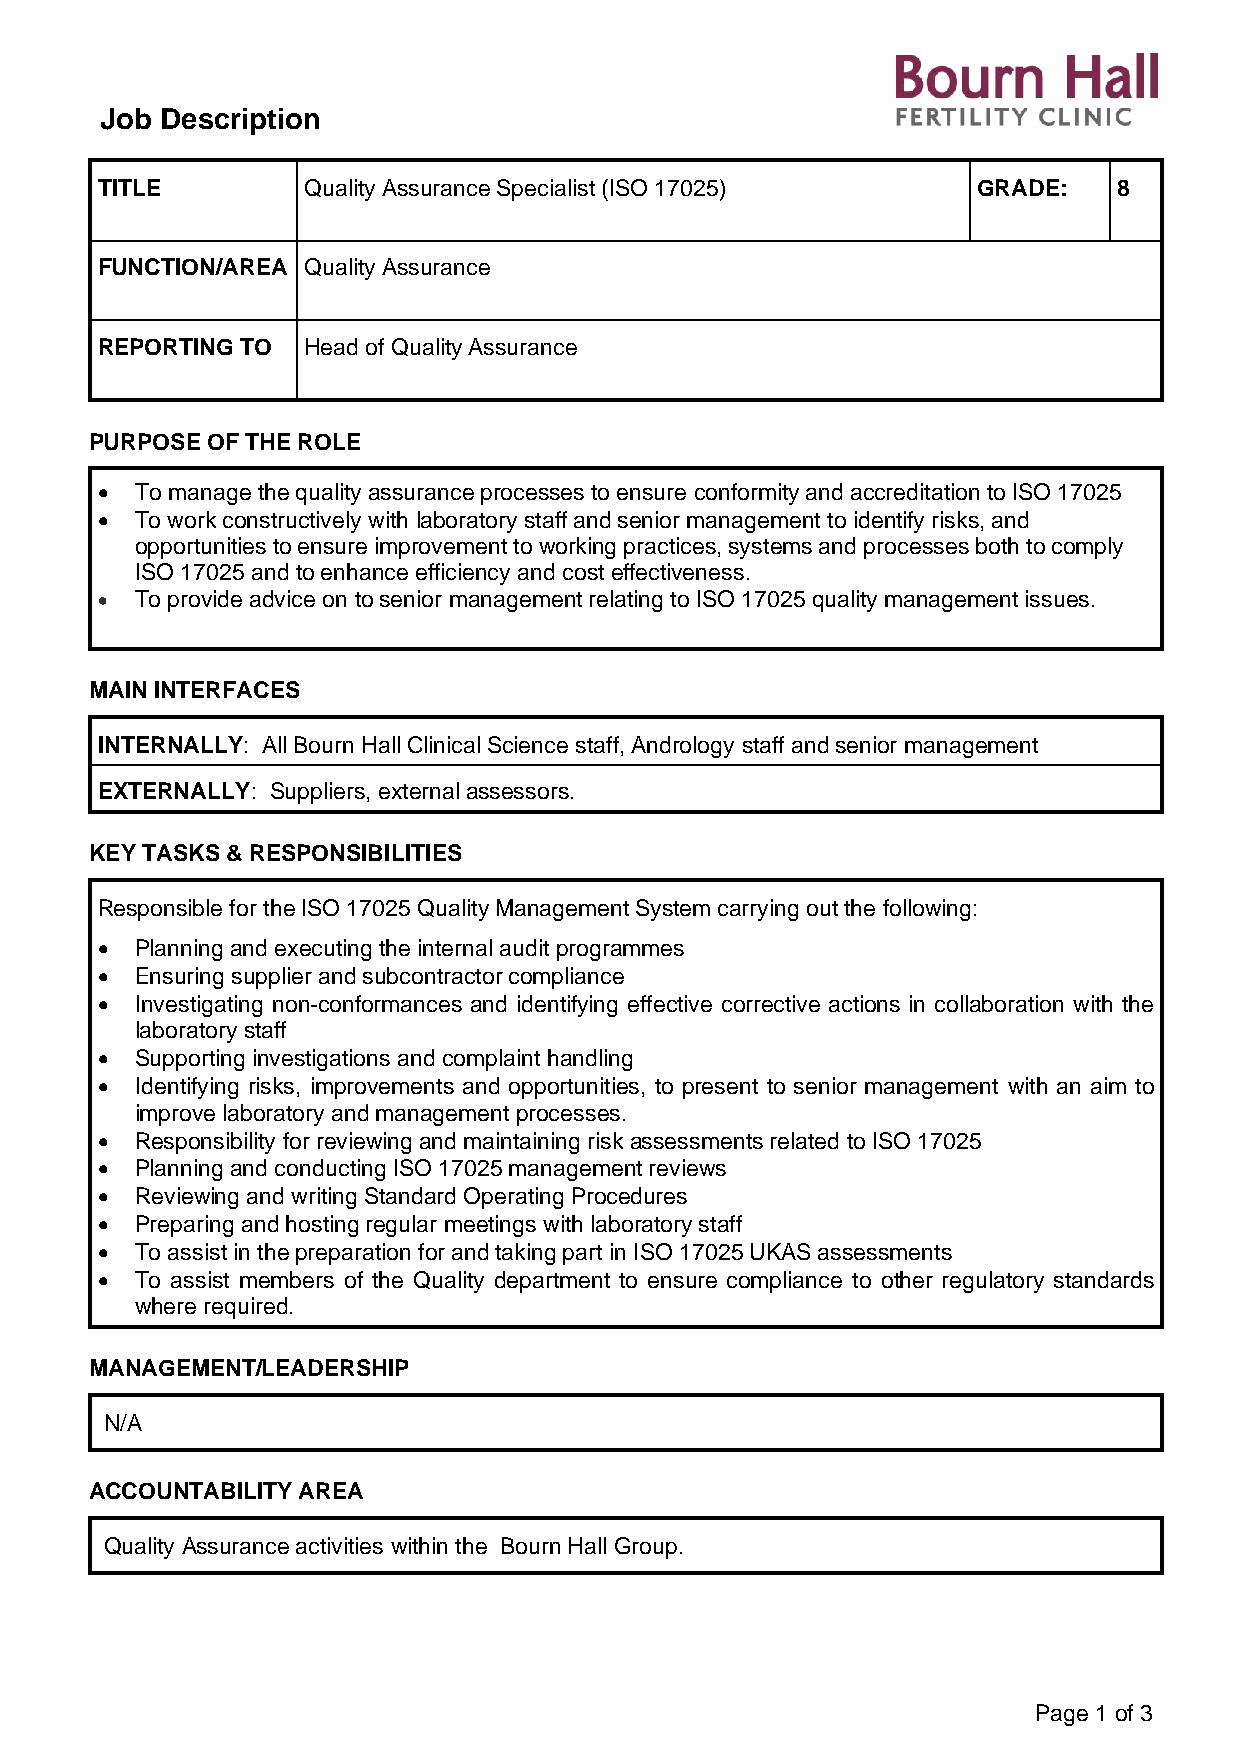
Job Description
 TITLE         Quality Assurance Specialist (ISO 17025)     GRADE:   8
 FUNCTION/AREA Quality Assurance
 REPORTING TO  Head of Quality Assurance
 PURPOSE OF THE ROLE
 •  To manage the quality assurance processes to ensure conformity and accreditation to ISO 17025
 •  To work constructively with laboratory staff and senior management to identify risks, and
 opportunities to ensure improvement to working practices, systems and processes both to comply
 ISO 17025 and to enhance efficiency and cost effectiveness.
 •  To provide advice on to senior management relating to ISO 17025 quality management issues.
 MAIN INTERFACES
 INTERNALLY: All Bourn Hall Clinical Science staff, Andrology staff and senior management
 EXTERNALLY: Suppliers, external assessors.
 KEY TASKS & RESPONSIBILITIES
 Responsible for the ISO 17025 Quality Management System carrying out the following:
 •  Planning and executing the internal audit programmes
 •  Ensuring supplier and subcontractor compliance
 •  Investigating non-conformances and identifying effective corrective actions in collaboration with the
 laboratory staff
 •  Supporting investigations and complaint handling
 •  Identifying risks, improvements and opportunities, to present to senior management with an aim to
 improve laboratory and management processes.
 •  Responsibility for reviewing and maintaining risk assessments related to ISO 17025
 •  Planning and conducting ISO 17025 management reviews
 •  Reviewing and writing Standard Operating Procedures
 •  Preparing and hosting regular meetings with laboratory staff
 •  To assist in the preparation for and taking part in ISO 17025 UKAS assessments
 •  To assist members of the Quality department to ensure compliance to other regulatory standards
 where required.
 MANAGEMENT/LEADERSHIP
 N/A
 ACCOUNTABILITY AREA
 Quality Assurance activities within the Bourn Hall Group.
 Page 1 of 3